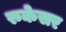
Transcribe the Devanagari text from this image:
रुकेसर